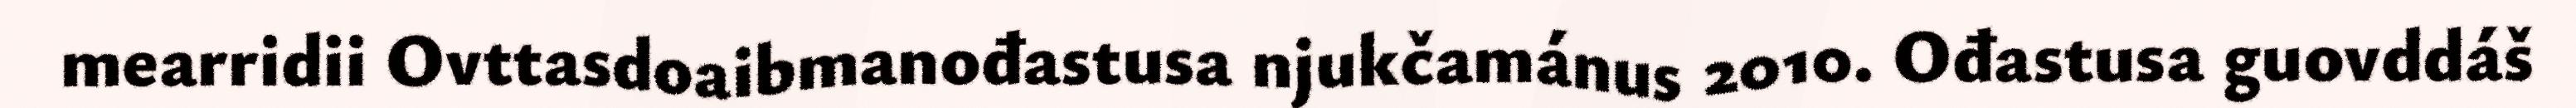
mearridii Ovttasdoaibmanođastusa njukčamánus 2010. Ođastusa guovddáš